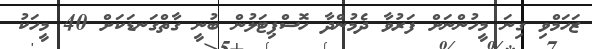
ޒަހަމްވި ގިނަ މީހުންނަށް ފަރުވާ ދެމުންދާ ހޮސްޕިޓަލުން ބުނީ ގާތްގަނޑަަކަށް 40 މީހަކު